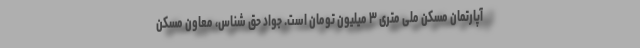
آپارتمان مسکن ملی متری ۳ میلیون تومان است. جواد حق شناس، معاون مسکن